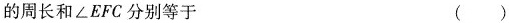
的周长和∠EFC分别等于 ( )